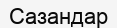
Сазандар